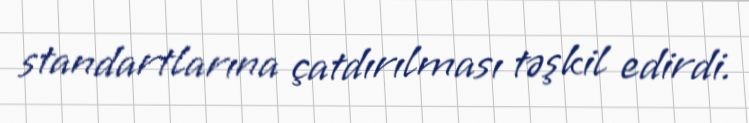
standartlarına çatdırılması təşkil edirdi.